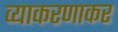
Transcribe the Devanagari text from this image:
व्याकरणाकर